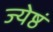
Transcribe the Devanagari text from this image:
ज्येष्ठं